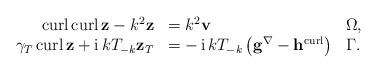
LaTeX: \begin{align*}\begin{array}[c]{rll}\operatorname*{curl}\operatorname*{curl}\mathbf{z}-k^{2}\mathbf{z} &=k^{2}\mathbf{v} & \Omega,\\\gamma_{T}\operatorname*{curl}\mathbf{z}+\operatorname*{i}kT_{-k}\mathbf{z}_{T} & =-\operatorname*{i}kT_{-k}\left( \mathbf{g}^{\nabla}-\mathbf{h}^{\operatorname*{curl}}\right) & \Gamma.\end{array}\end{align*}